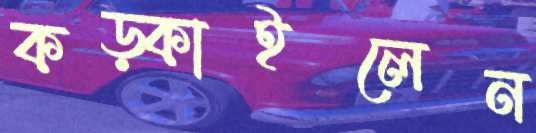
কড়্‌কাইলেন